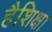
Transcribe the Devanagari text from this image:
हैशिक्षा